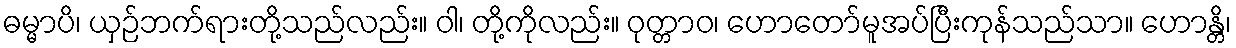
ဓမ္မာပိ၊ ယှဉ်ဘက်ရားတို့သည်လည်း။ ဝါ၊ တို့ကိုလည်း။ ဝုတ္တာဝ၊ ဟောတော်မူအပ်ပြီးကုန်သည်သာ။ ဟောန္တိ၊